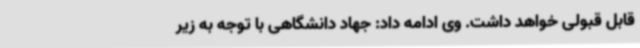
قابل قبولی خواهد داشت. وی ادامه داد: جهاد دانشگاهی با توجه به زیر